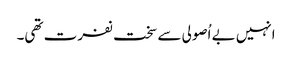
انہیں بے اُصولی سے سخت نفرت تھی۔